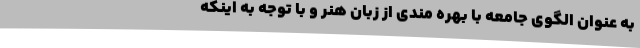
به عنوان الگوی جامعه با بهره مندی از زبان هنر و با توجه به اینکه